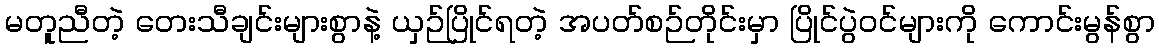
မတူညီတဲ့ တေးသီချင်းများစွာနဲ့ ယှဉ်ပြိုင်ရတဲ့ အပတ်စဉ်တိုင်းမှာ ပြိုင်ပွဲဝင်များကို ကောင်းမွန်စွာ